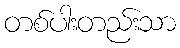
တစ်ပါးတည်းသာ